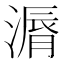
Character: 漘